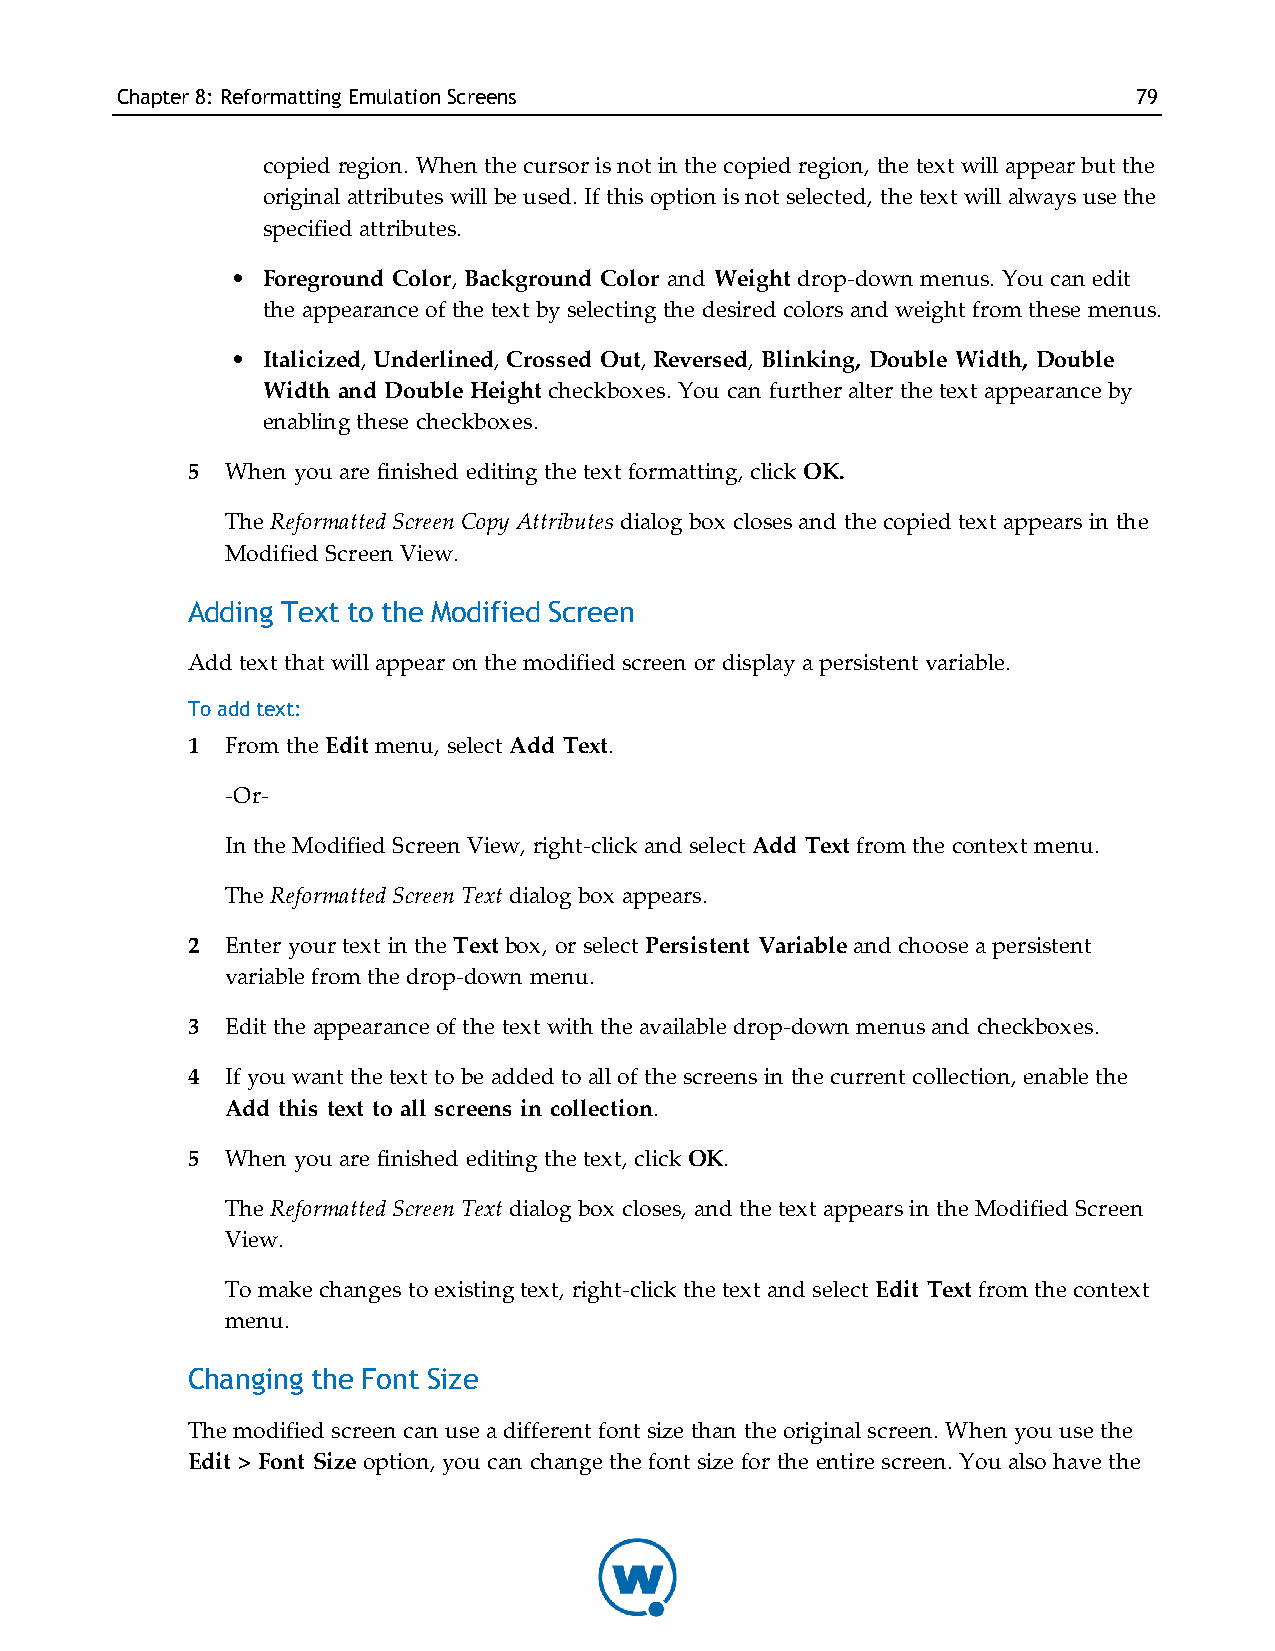
Chapter8: Reformatting EmulationScreens                            79
 copied region. When the cursor is not in the copied region, the text will appear but the
 original attributes will be used. If this option is not selected, the text will always use the
 specified attributes.
 • Foreground Color, Background Color and Weight drop-down menus. You can edit
 the appearance of the text by selecting the desired colors and weight from these menus.
 • Italicized, Underlined, Crossed Out, Reversed, Blinking, Double Width, Double
 Width and Double Height checkboxes. You can further alter the text appearance by
 enabling these checkboxes.
 5  When you are finished editing the text formatting, click OK.
 The Reformatted Screen Copy Attributes dialog box closes and the copied text appears in the
 Modified Screen View.
 Adding Text to the Modified Screen
 Add text that will appear on the modified screen or display a persistent variable.
 To add text:
 1  From the Edit menu, select Add Text.
 -Or-
 In the Modified Screen View, right-click and select Add Text from the context menu.
 The Reformatted Screen Text dialog box appears.
 2  Enter your text in the Text box, or select Persistent Variable and choose a persistent
 variable from the drop-down menu.
 3  Edit the appearance of the text with the available drop-down menus and checkboxes.
 4  If you want the text to be added to all of the screens in the current collection, enable the
 Add this text to all screens in collection.
 5  When you are finished editing the text, click OK.
 The Reformatted Screen Text dialog box closes, and the text appears in the Modified Screen
 View.
 To make changes to existing text, right-click the text and select Edit Text from the context
 menu.
 Changing the Font Size
 The modified screen can use a different font size than the original screen. When you use the
 Edit > Font Size option, you can change the font size for the entire screen. You also have the